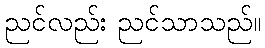
ညင်လည်း ညင်သာသည်။